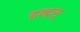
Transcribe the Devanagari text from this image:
इन्द्रस्